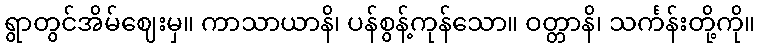
ရွာတွင်အိမ်ဈေးမှ။ ကာသာယာနိ၊ ပန်စွန့်ကုန်သော။ ဝတ္တာနိ၊ သင်္ကန်းတို့ကို။